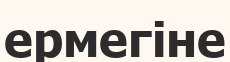
ермегіне